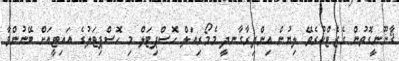
ޤާނޫނީގޮތުން ގެޒެޓްކުރެވޭ ލިޔުން އިންދިރާގާނދީ މެމޯރިއަލް ހޮސްޕިޓަލް މި ހޮސްޕިޓަލުގެ އައިޓީއަށް ބޭނުންވާ